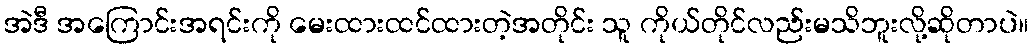
အဲဒီ အကြောင်းအရင်းကို မေးထားထင်ထားတဲ့အတိုင်း သူ ကိုယ်တိုင်လည်းမသိဘူးလို့ဆိုတာပဲ။